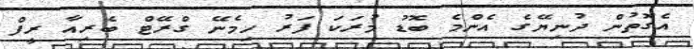
އެގޮތުން ދުނިޔޭގެ އެންމެ ބޮޑު މުރަކަ ފަރު ހިމެނޭ ގްރޭޓް ބެރިއާ ރީފް